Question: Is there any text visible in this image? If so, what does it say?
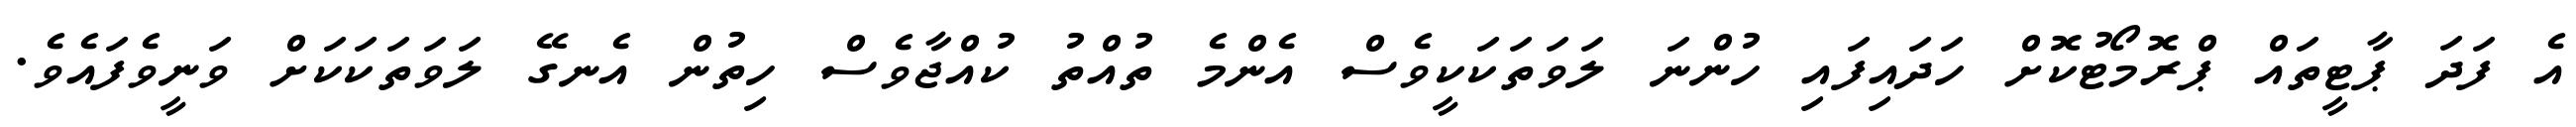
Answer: އެ ފަދަ ޕާޓީތައް ޕްރޮމޯޓުކޮށް ހަދައިފައި ހުންނަ ލަވަތަކަކީވެސް އެންމެ ތުއްތު ކުއްޖާވެސް ހިތުން އެނގޭ ލަވަތަކަކަށް ވަނީވެފައެވެ.